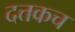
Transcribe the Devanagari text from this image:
दत्तकच